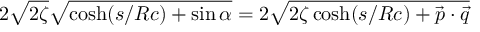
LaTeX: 2 \sqrt { 2 \zeta } \sqrt { \cosh ( { s / R c } ) + \sin { \alpha } } = 2 \sqrt { 2 \zeta \cosh ( { s / R c } ) + { \vec { p } } \cdot { \vec { q } } }